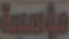
مؤسسة